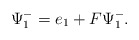
\begin{align*}\Psi^-_1=e_1+F \Psi^-_1.\end{align*}